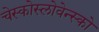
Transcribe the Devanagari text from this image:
चेस्कोस्लोवेन्स्को